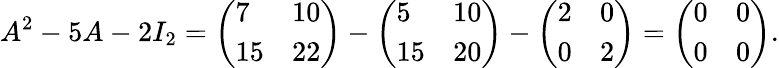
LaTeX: A^{2}-5A-2I_{2}={\left(\begin{array}{ll}{7}&{10}\\ {15}&{22}\end{array}\right)}-{\left(\begin{array}{ll}{5}&{10}\\ {15}&{20}\end{array}\right)}-{\left(\begin{array}{ll}{2}&{0}\\ {0}&{2}\end{array}\right)}={\left(\begin{array}{ll}{0}&{0}\\ {0}&{0}\end{array}\right)}.